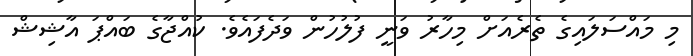
މި މައްސަލައިގެ ތެރެއަށް މިހާރު ވަނީ ފުލުހުން ވަދެފައެވެ. ކުއްޖާގެ ބައްޕަ އާޝިޝް